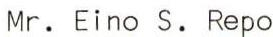
Mr. Eino S. Repo